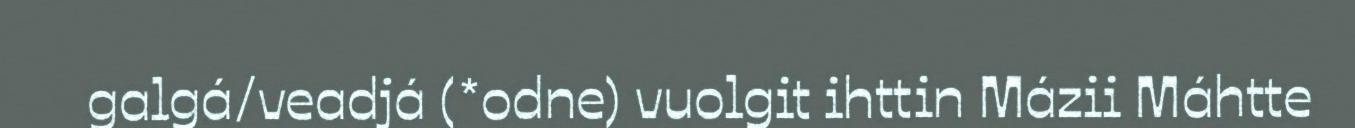
galgá/veadjá (*odne) vuolgit ihttin Mázii Máhtte